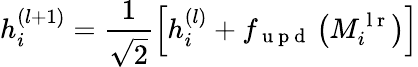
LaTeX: h_{i}^{(l+1)}=\frac{1}{\sqrt{2}}\left[h_{i}^{(l)}+f_{\mathrm{~u~p~d~}}\left(M_{i}^{\mathrm{~l~r~}}\right)\right]